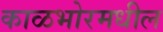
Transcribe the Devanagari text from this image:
काळभोरमधील